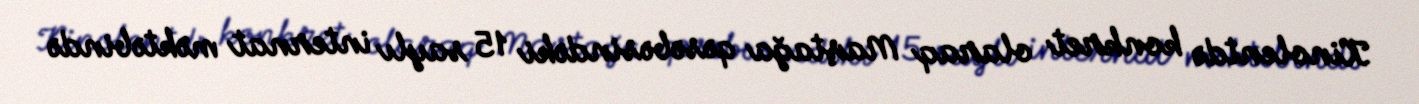
Kinolentdə konkret olaraq Maştağa qəsəbəsindəki 15 saylı internat məktəbində